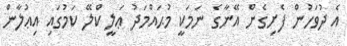
އެ ދުވަހުން ފެށިގެން އޭނާގެ ނަމަކީ މުޙައްމަދު ޢަލީ ކްލޭ ކަމުގައި އިޢުލާން